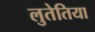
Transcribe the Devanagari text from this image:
लुतेतिया